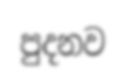
පුදනව